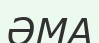
ӘМА